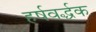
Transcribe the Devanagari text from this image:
हर्षवर्द्धक